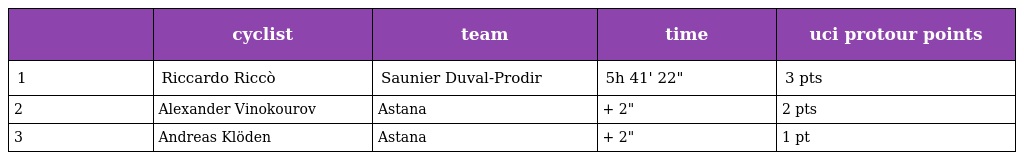
|  | cyclist | team | time | uci protour points |
 | --- | --- | --- | --- | --- |
 | 1 | Riccardo Riccò | Saunier Duval-Prodir | 5h 41' 22" | 3 pts |
 | 2 | Alexander Vinokourov | Astana | + 2" | 2 pts |
 | 3 | Andreas Klöden | Astana | + 2" | 1 pt |